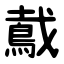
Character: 䳒